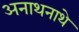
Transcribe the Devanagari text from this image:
अनाथनाथे